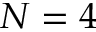
N = 4